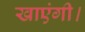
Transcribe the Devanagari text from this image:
खाएंगी।